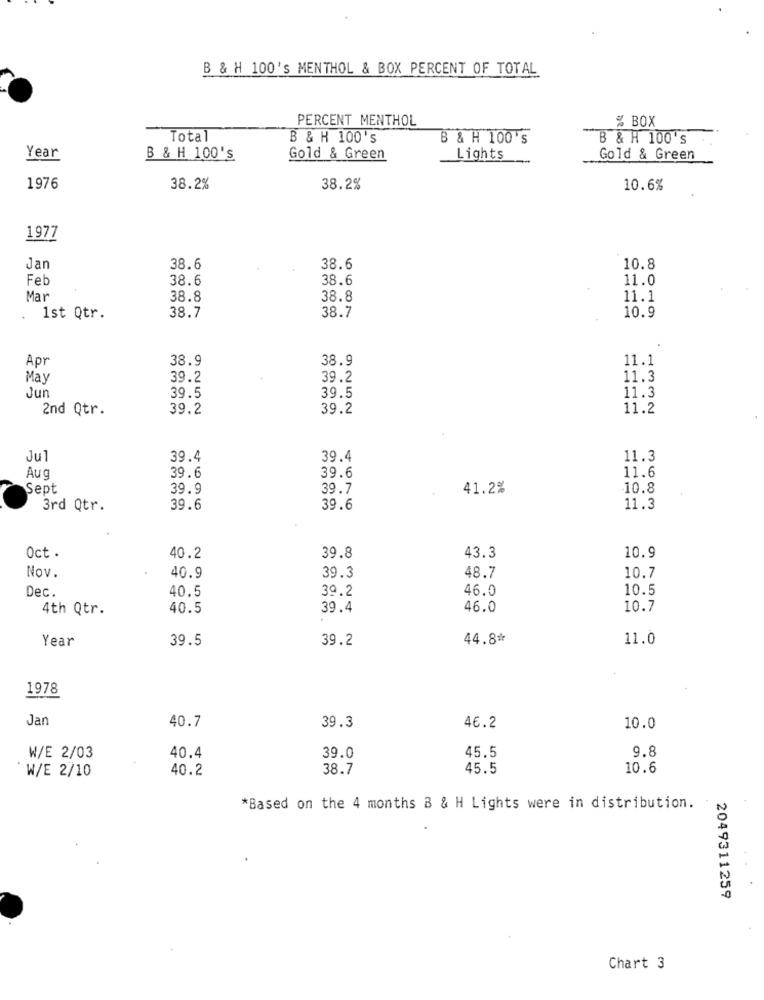
B & H 100's MENTHOL & BOX PERCENT OF TOTAL
PERCENT MENTHOL
% BOX
Total
B & H 100's
B & H 100 's
B & H 100's
Year
B & H 100's
Gold & Green
Lights
Gold & Green
1976
38.2%
38.2%
10.6%
1977
Jan
38.6
38.6
10.8
Feb
38.6
38.6
11.0
Mar
38.8
38.8
11.1
1st Qtr.
38.7
38.7
10.9
Apr
38.9
38.9
11.1
May
39.2
39.2
11.3
39.5
Jun
39.5
11.3
2nd Qtr.
39.2
39.2
11.2
Jul
39.4
39.4
11.3
Aug
39.6
39.6
11.6
Sept
39.9
39.7
41.2%
-10.8
3rd Qtr.
39.6
39.6
11.3
43.3
Oct .
40.2
39.8
10.9
Nov.
40.9
39.3
48.7
10.7
Dec.
40.5
39.2
46.0
10.5
4th Qtr.
40.5
39.4
46.0
10.7
Year
39.5
39.2
44.8*
11.0
1978
Jan
40.7
39.3
46.2
10.0
9.8
W/E 2/03
40.4
39.0
45.5
40.2
38.7
45.5
10.6
W/E 2/10
*Based on the 4 months B & H Lights were in distribution.
2049311259
Chart 3